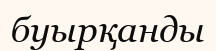
буырқанды